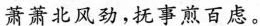
萧萧北风劲，抚事煎百虑。